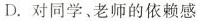
D.对同学、老师的依赖感